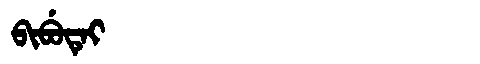
Manchu: ᠪᡳᠪᡠᡨᡝᡳ
Romanization: BIBUTEI